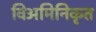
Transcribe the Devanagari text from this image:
विअमिनिकृत